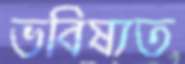
ভবিষ্যত